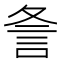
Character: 𮗺